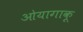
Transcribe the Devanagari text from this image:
ओयागाकू